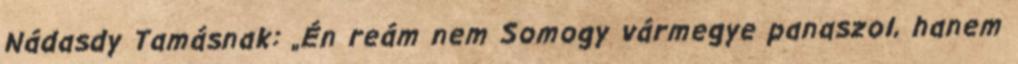
Nádasdy Tamásnak: „Én reám nem Somogy vármegye panaszol, hanem